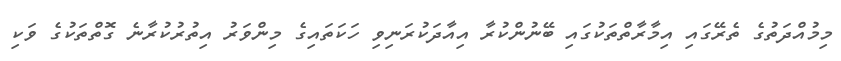
މިމުއްދަތުގެ ތެރޭގައި އިމާރާތްތަކުގައި ބޭނުންކުރާ އިއާދަކުރަނިވި ހަކަތައިގެ މިންވަރު އިތުރުކުރާނެ ގޮތްތަކުގެ ވަކި